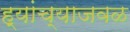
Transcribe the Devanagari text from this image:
ह्यांच्याजवळ